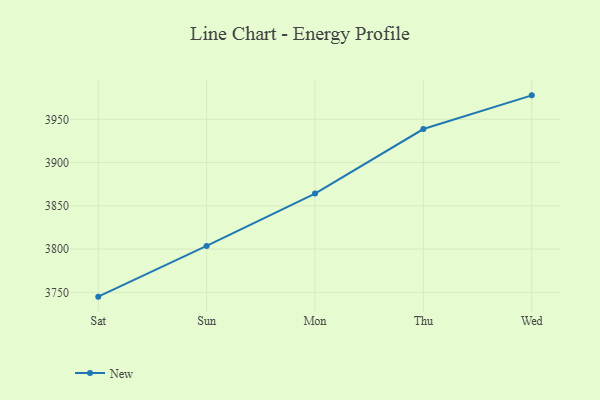
{"axis": {"x": "Day", "y": "Humidity (%)"}, "legend": ["New"], "data": [{"x": "Sat", "y": 3745.1, "type": "New"}, {"x": "Sun", "y": 3803.7, "type": "New"}, {"x": "Mon", "y": 3864.2, "type": "New"}, {"x": "Thu", "y": 3938.8, "type": "New"}, {"x": "Wed", "y": 3977.7, "type": "New"}]}